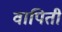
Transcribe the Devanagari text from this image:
वापिती